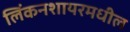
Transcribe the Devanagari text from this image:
लिंकनशायरमधील